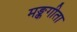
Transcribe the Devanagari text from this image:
मङ्कगीता